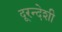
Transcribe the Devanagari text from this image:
दूरन्देशी